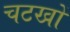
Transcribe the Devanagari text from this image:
चटखों